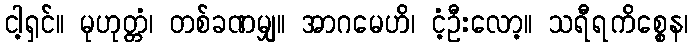
ငါ့ရှင်။ မုဟုတ္တံ၊ တစ်ခဏမျှ။ အာဂမေဟိ၊ ငံ့ဦးလော့။ သရီရကိစ္စေန၊